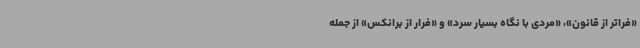
«فراتر از قانون»، «مردی با نگاه بسیار سرد» و «فرار از برانکس» از جمله